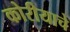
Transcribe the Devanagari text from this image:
कोरीयाचे